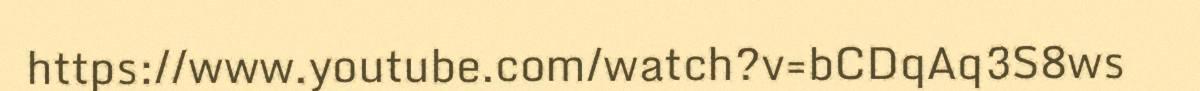
https://www.youtube.com/watch?v=bCDqAq3S8ws